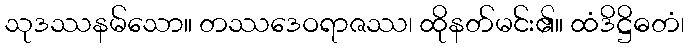
သုဒဿနမ်သော။ တဿဒေဝရာဇဿ၊ ထိုနတ်မင်း၏။ ထံဒိဋ္ဌိဓတံ၊